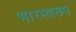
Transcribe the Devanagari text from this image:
भारस्वरूप